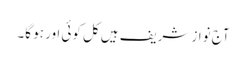
آج نواز شریف ہیں کل کوئی اور ہو گا۔